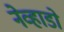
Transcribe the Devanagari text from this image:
नेव्हाडो